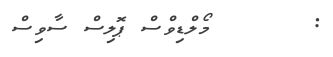
:       މޯލްޑިވްސް ޕޮލިސް ސާވިސް